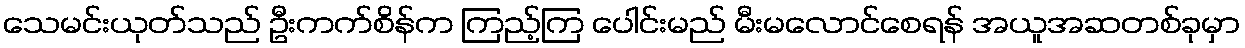
သေမင်းယုတ်သည် ဦးကက်စိန်က ကြည့်ကြ ပေါင်းမည် မီးမလောင်စေရန် အယူအဆတစ်ခုမှာ